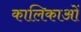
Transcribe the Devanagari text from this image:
कालिकाओं